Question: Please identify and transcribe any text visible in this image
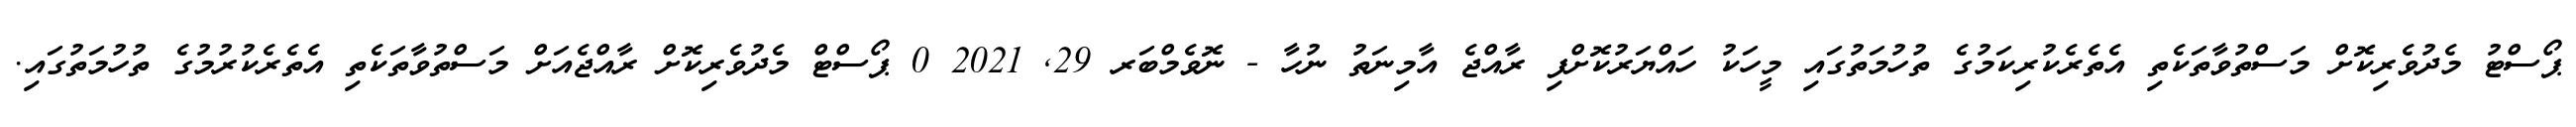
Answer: ޕޯސްޓު މެދުވެރިކޮށް މަސްތުވާތަކެތި އެތެރެކުރިކަމުގެ ތުހުމަތުގައި މީހަކު ހައްޔަރުކޮށްފި ރާއްޖެ އާމިނަތު ނުހާ - ނޮވެމްބަރ 29, 2021 0 ޕޯސްޓް މެދުވެރިކޮށް ރާއްޖެއަށް މަސްތުވާތަކެތި އެތެރެކުރުމުގެ ތުހުމަތުގައި.